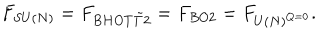
F _ { S U ( N ) } = F _ { B H O T \tilde { T } 2 } = F _ { B O 2 } = F _ { U ( N ) ^ { Q = 0 } } .